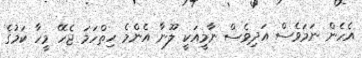
އެހެން ނަމަވެސް އަދިވެސް ނާމީއަކީ ލޫނާ އެންމެ ހިތްހަމަ ޖެހޭ މީހާ ކަމުގެ